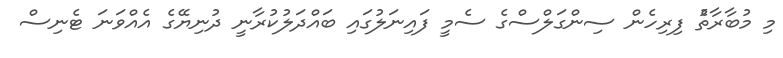
މި މުބާރާތުެ ފިރިހެން ސިންގަލްސްގެ ސެމީ ފައިނަލުގައި ބައްދަލުކުރާނީ ދުނިޔޭގެ އެއްވަނަ ޓެނިސް